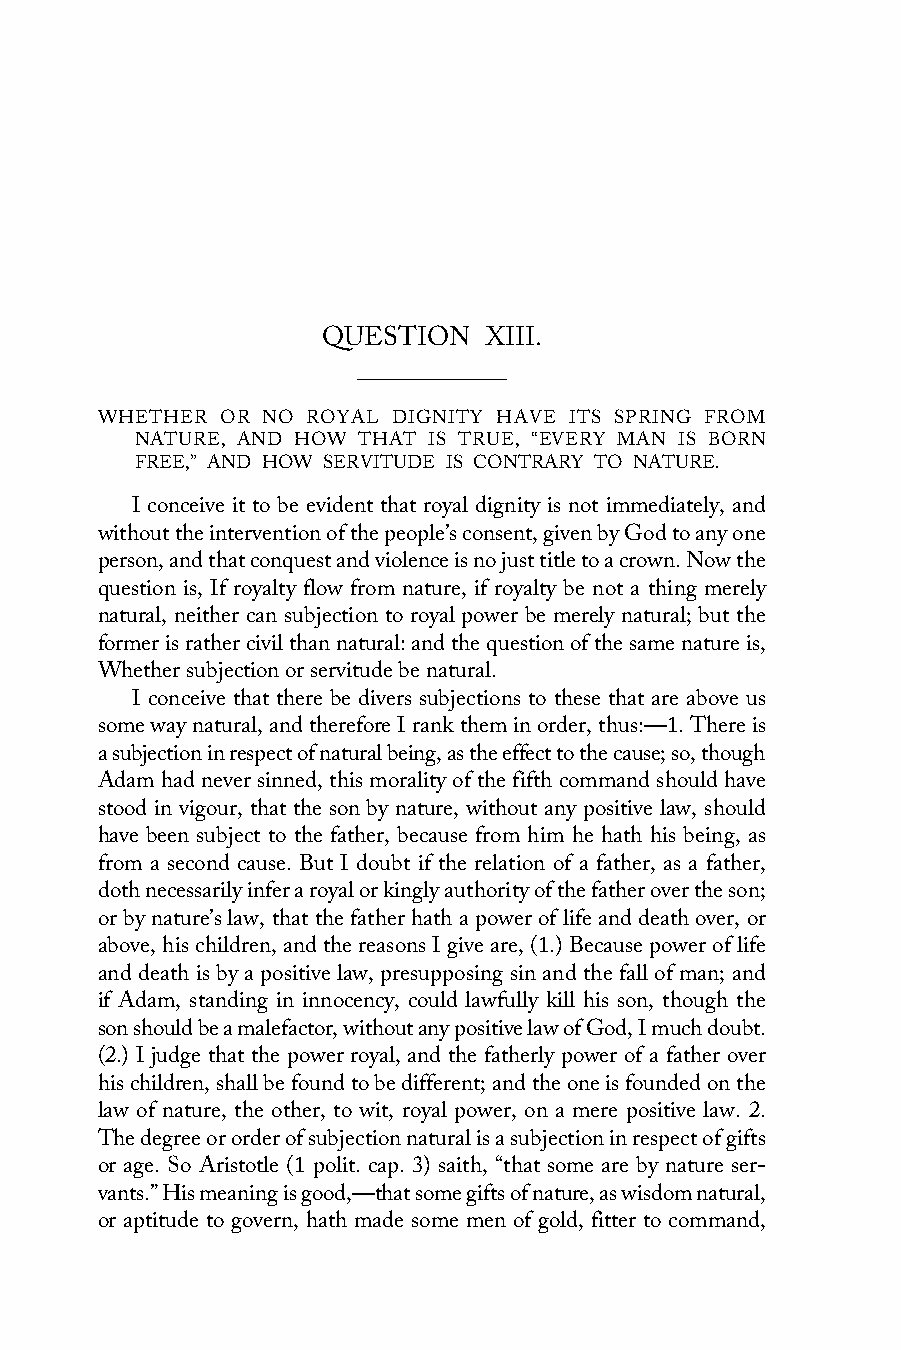
QUESTION   XIII.
 WHETHER  OR NO ROYAL DIGNITY HAVE ITS SPRING FROM
 NATURE, AND HOW THAT IS TRUE, “EVERY MAN IS BORN
 FREE,” AND HOW SERVITUDE IS CONTRARY TO NATURE.
 I conceive it to be evident that royal dignity is not immediately, and
 without the intervention of the people’s consent, given by God to any one
 person, and that conquest and violence is no just title to a crown. Now the
 question is, If royalty flow from nature, if royalty be not a thing merely
 natural, neither can subjection to royal power be merely natural; but the
 former is rather civil than natural: and the question of the same nature is,
 Whether subjection or servitude be natural.
 I conceive that there be divers subjections to these that are above us
 some way natural, and therefore I rank them in order, thus:—1. There is
 a subjection in respect of natural being, as the effect to the cause; so, though
 Adam had never sinned, this morality of the fifth command should have
 stood in vigour, that the son by nature, without any positive law, should
 have been subject to the father, because from him he hath his being, as
 from a second cause. But I doubt if the relation of a father, as a father,
 doth necessarily infer a royal or kingly authority of the father over the son;
 or by nature’s law, that the father hath a power of life and death over, or
 above, his children, and the reasons I give are, (1.) Because power of life
 and death is by a positive law, presupposing sin and the fall of man; and
 if Adam, standing in innocency, could lawfully kill his son, though the
 son should be a malefactor, without any positive law of God, I much doubt.
 (2.) I judge that the power royal, and the fatherly power of a father over
 his children, shall be found to be different; and the one is founded on the
 law of nature, the other, to wit, royal power, on a mere positive law. 2.
 The degree or order of subjection natural is a subjection in respect of gifts
 or age. So Aristotle (1 polit. cap. 3) saith, “that some are by nature ser-
 vants.” His meaning is good,—that some gifts of nature, as wisdom natural,
 or aptitude to govern, hath made some men of gold, fitter to command,